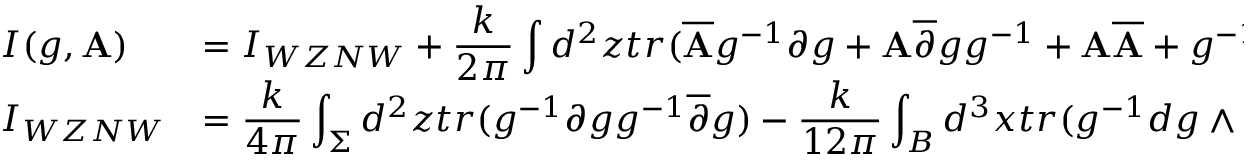
\begin{array} { l l } { { I ( g , { \bf A ) } } } & { { { \displaystyle = I _ { W Z N W } + \frac { k } { 2 \pi } \int d ^ { 2 } z t r ( \overline { { { \bf A } } } g ^ { - 1 } \partial g + { \bf A } \overline { { { \partial } } } g g ^ { - 1 } + { \bf A } \overline { { { \bf A } } } + g ^ { - 1 } { \bf A } g \overline { { { \bf A } } } ) , } } } \\ { { I _ { W Z N W } } } & { { { \displaystyle = \frac { k } { 4 \pi } \int _ { \Sigma } d ^ { 2 } z t r ( g ^ { - 1 } \partial g g ^ { - 1 } \overline { { { \partial } } } g ) - \frac { k } { 1 2 \pi } \int _ { B } d ^ { 3 } x t r ( g ^ { - 1 } d g \wedge g ^ { - 1 } d g \wedge g ^ { - 1 } d g ) } } } \end{array}